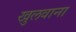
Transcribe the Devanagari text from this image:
खुलवाना